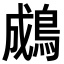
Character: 𪁋